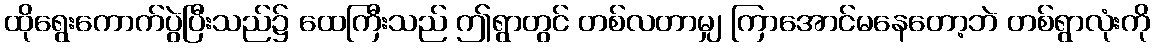
ထိုရွေးကောက်ပွဲပြီးသည်၌ ထေကြီးသည် ဤရွာတွင် တစ်လတာမျှ ကြာအောင်မနေတော့ဘဲ တစ်ရွာလုံးကို